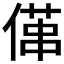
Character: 𠍔